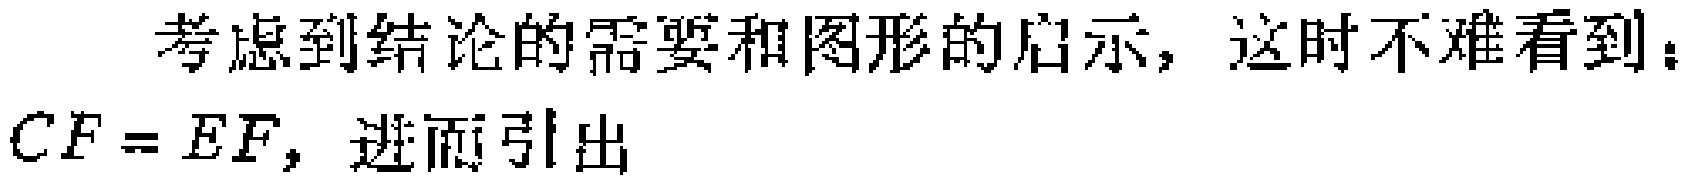
考虑到结论的需要和图形的启示，这时不难看到：

$CF = EF$，进而引出